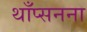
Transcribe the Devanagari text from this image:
थाँप्सनना